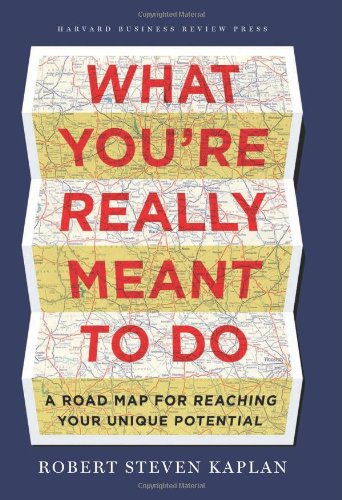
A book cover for What You're Really Meant to Do: A Road Map for Reaching Your Unique Potential; Robert Steven Kaplan; Business & Money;